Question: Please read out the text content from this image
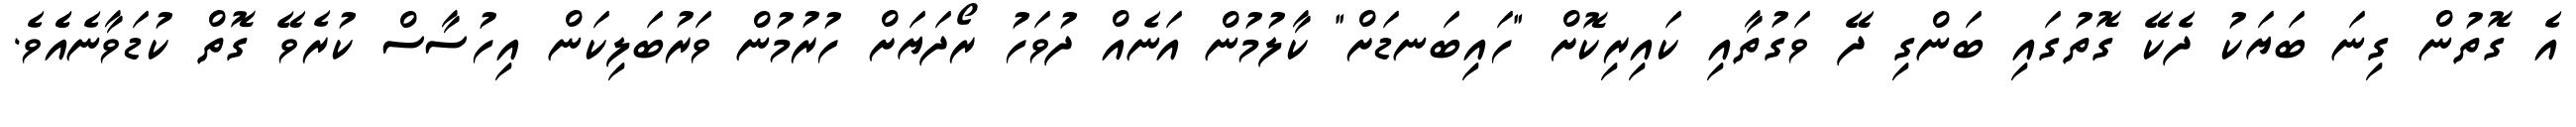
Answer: އެ ގޮތުން ގިނަ ބަޔަކު ދެކޭ ގޮތުގައި ބަންގި ދޭ ވަގުތާއި ކައިރިކޮށް "ހައިބަނޑަށް" ކާލުމުން އަނެއް ދުވަހު ރޯދަޔަށް ހުރުމުން ވަރުބަލިކަން އިހުސާސް ކުރެވޭ ގޮތް ކުޑަވާނެއެެވެ.